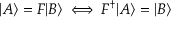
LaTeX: | A \rangle = F | B \rangle \iff F ^ { \dagger } | A \rangle = | B \rangle